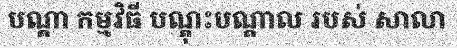
បណ្តា កម្មវិធី បណ្តុះបណ្តាល របស់ សាលា